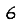
Digit: 6